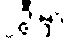
၂ဦးမှာ